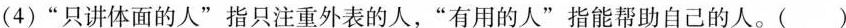
(4)“只讲体面的人”指只注重外表的人，“有用的人”指能帮助自己的人。( )